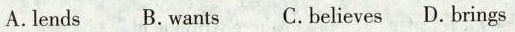
A.lends B.wants C.believes D.brings